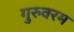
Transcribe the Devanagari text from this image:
गुरुवरम